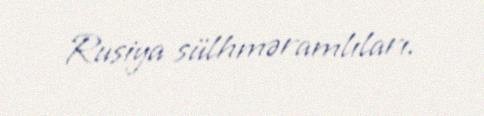
Rusiya sülhməramlıları.